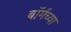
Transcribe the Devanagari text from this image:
बॉर्गच्या